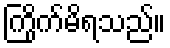
ကြိုက်မိရသည်။